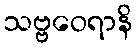
သဗ္ဗဝေရာနိ